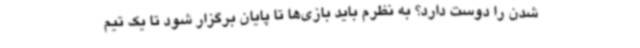
شدن را دوست دارد؟ به نظرم باید بازی‌ها تا پایان برگزار شود تا یک تیم